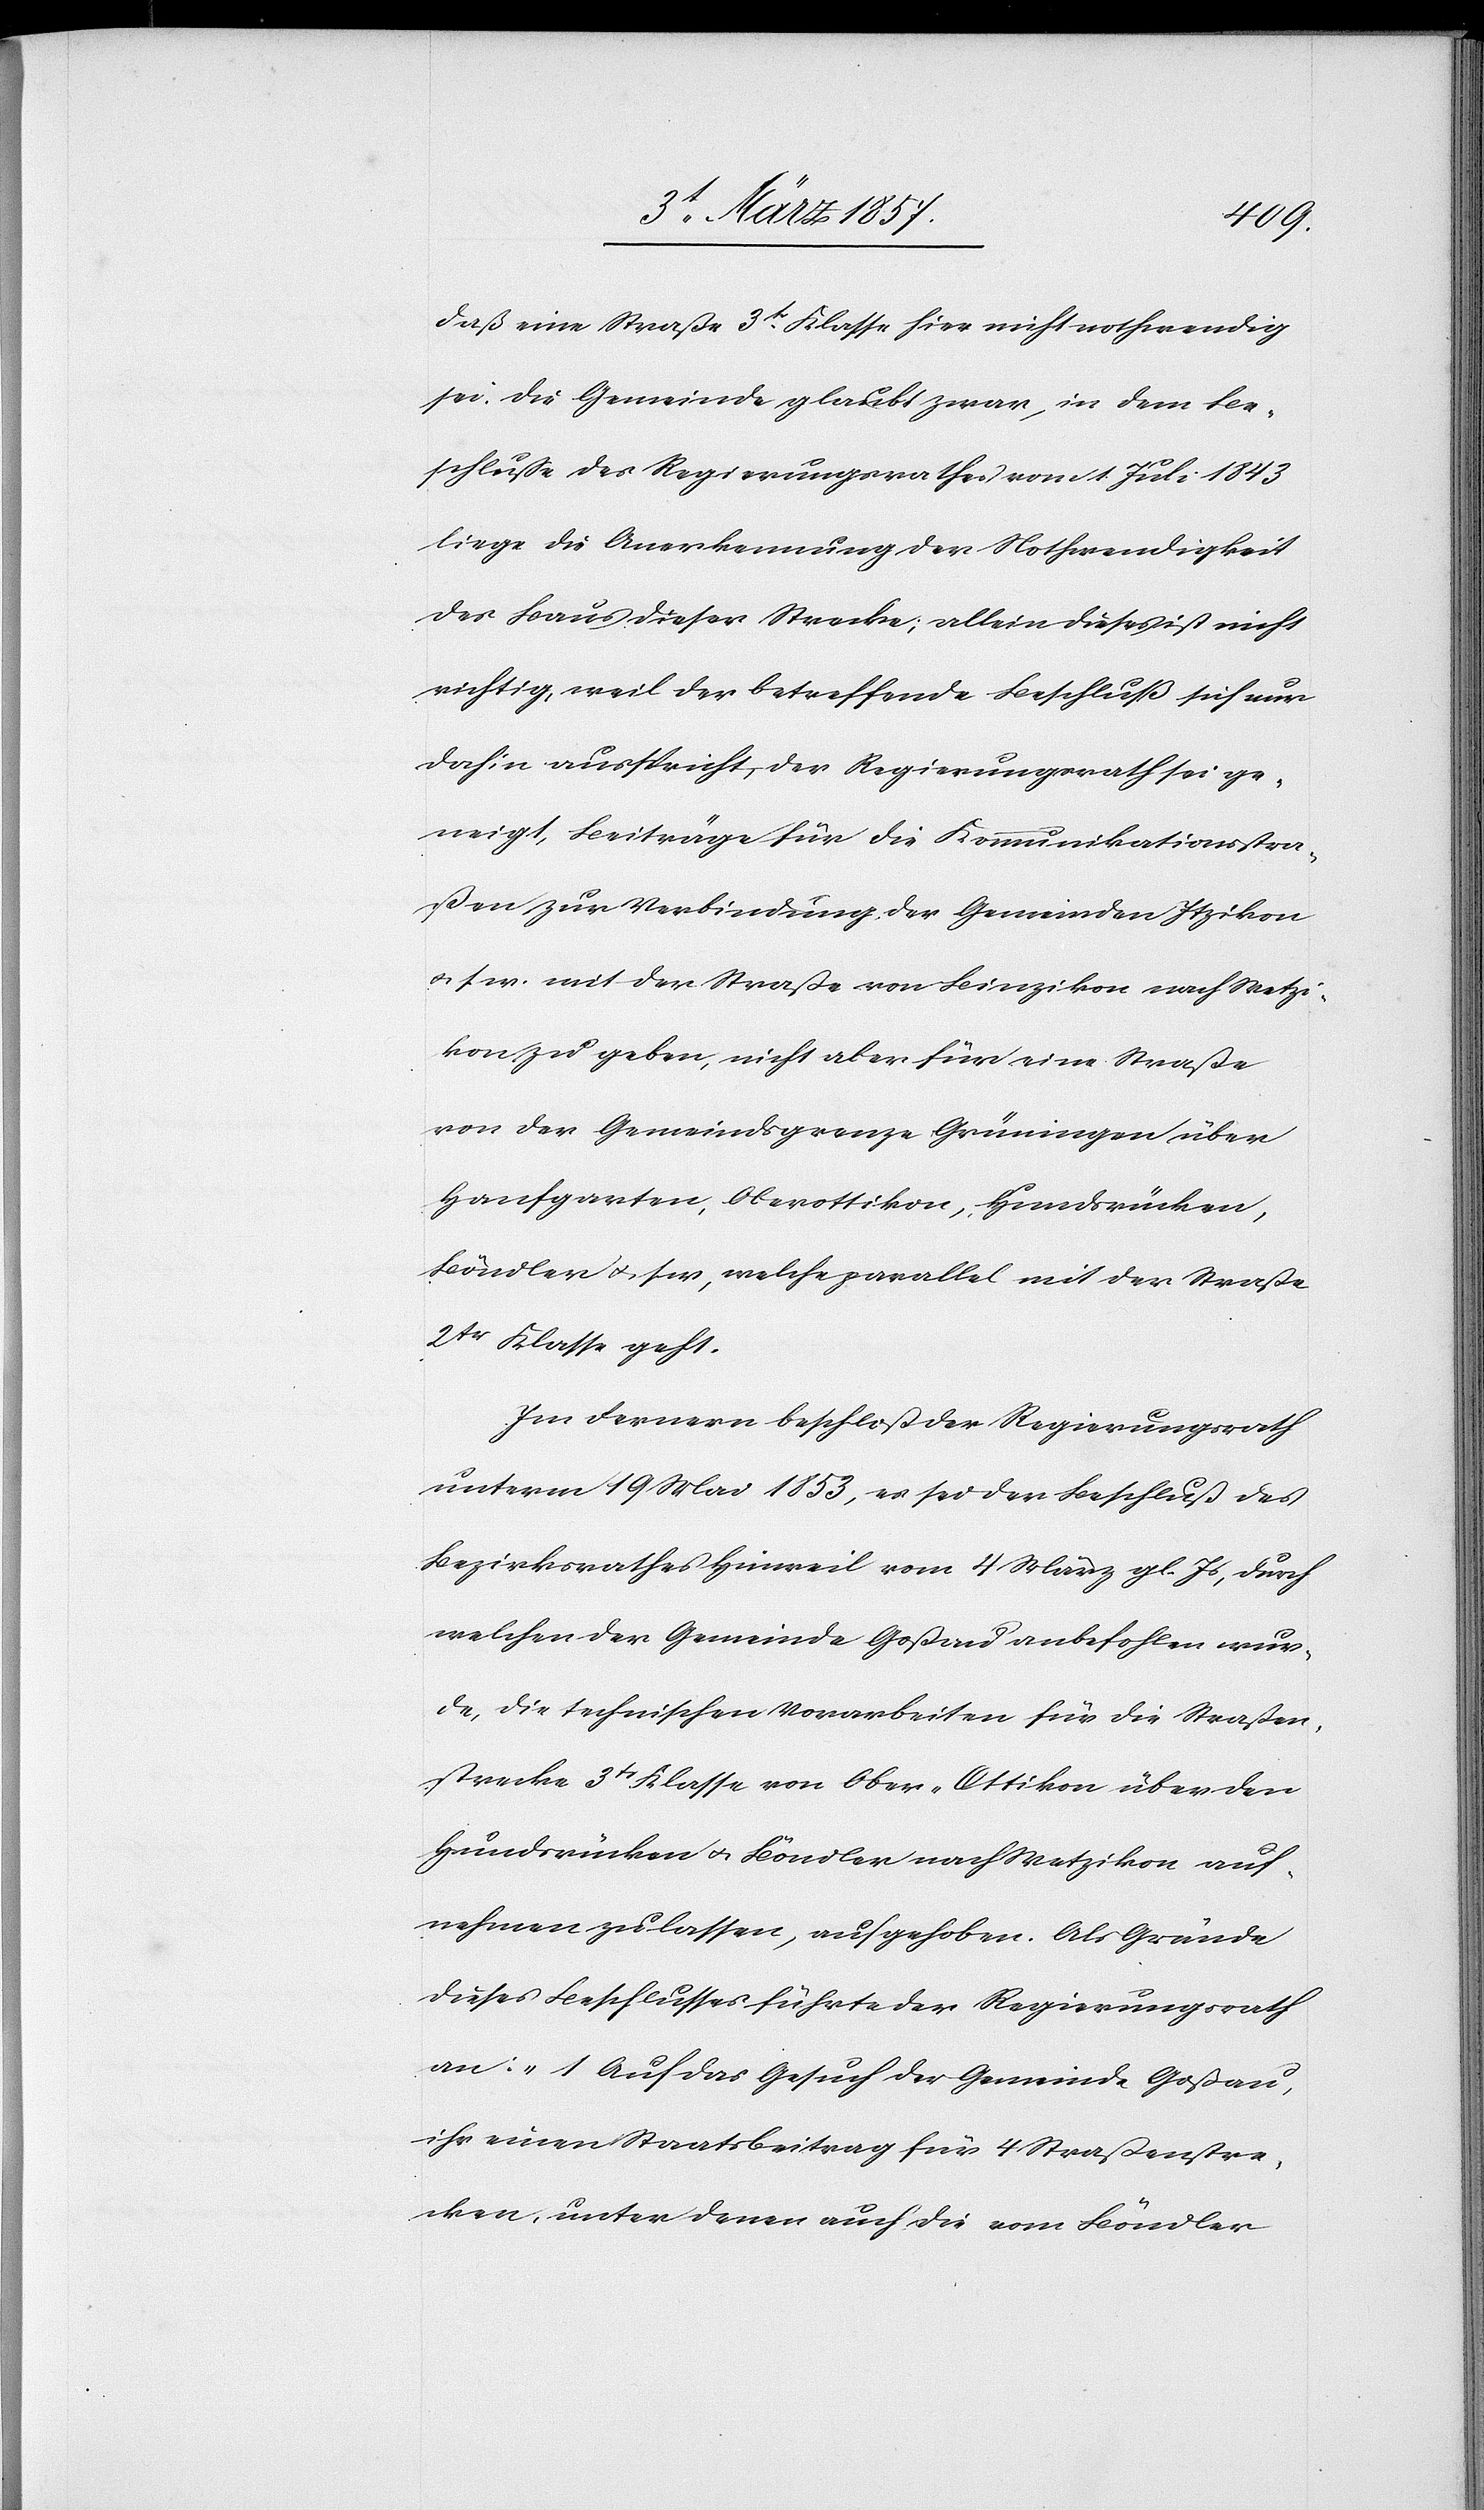
daß eine Straße 3tr Klasse hier nicht nothwendig
sei. Die Gemeinde glaubt zwar, in dem Be¬
schlusse des Regierungsrathes vom 1 Juli 1843
liege die Anerkennung der Nothwendigkeit
des Baus dieser Strecke; allein dieses ist nicht
richtig, weil der betreffende Beschluß sich nur
dahin ausspricht, der Regierungsrath sei ge¬
neigt, Beiträge für die Kommunikationsstra¬
ßen zur Verbindung der Gemeinden Itzikon
u. s. w. mit der Straße von Binzikon nach Wetzi¬
kon zu geben, nicht aber für eine Straße
von der Gemeindsgrenze Grüningen über
Hanfgarten, Oberottikon, Hundsrücken,
Böndler u. s. w, welche parallel mit der Straße
2tr Klasse geht.
Im Fernern beschloß der Regierungsrath
unterm 19 Mai 1853, es sei der Beschluß des
Bezirksrathes Hinweil vom 4 März gl. Js, durch
welchen der Gemeinde Goßau anbefohlen wur¬
de, die technischen Vorarbeiten für die Straßen¬
strecke 3tr Klasse von Ober-Ottikon über den
Hundsrücken u. Böndler nach Wetzikon auf¬
nehmen zu lassen, aufgehoben. Als Gründe
dieses Beschlusses führte der Regierungsrath
an: „1 Auf das Gesuch der Gemeinde Goßau,
ihr einen Staatsbeitrag für 4 Straßenstre¬
cken, unter denen auch die vom Böndler